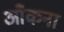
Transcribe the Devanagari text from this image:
आँकना